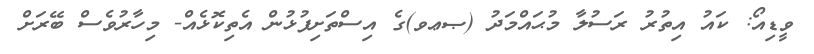
ވީޑިއޯ: ކައު އިތުރު ރަސުލާ މުޙައްމަދު (ޞޢވ)ގެ އިސްތަށިފުޅުން އެތިކޮޅެއް- މިހާރުވެސް ބޭރަށް